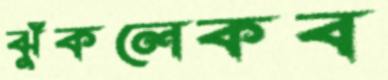
ঝুঁকলেকব